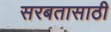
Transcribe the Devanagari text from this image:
सरबतासाठी